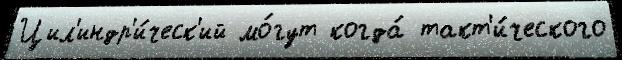
Цил'индр'и́ческ'ий мо́гут когда́ такт'и́ческого